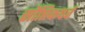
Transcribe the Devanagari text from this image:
सौप्तिकपर्व